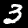
Label: 3